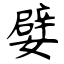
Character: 嬖